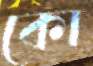
কো